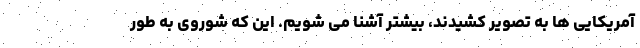
آمریکایی ها به تصویر کشیدند، بیشتر آشنا می شویم. این که شوروی به طور